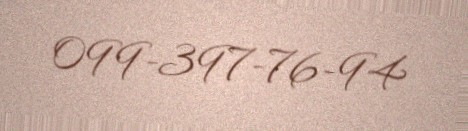
099-397-76-94